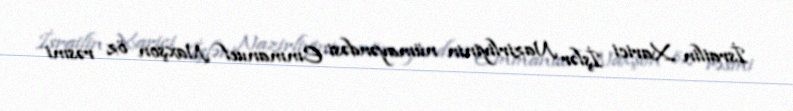
İsrailin Xarici İşlər Nazirliyinin nümayəndəsi Emmanuel Naxşon öz rəsmi